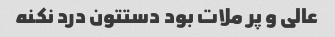
عالی و پر ملات بود دستتون درد نکنه